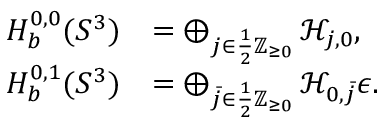
\begin{array} { r l } { H _ { b } ^ { 0 , 0 } ( S ^ { 3 } ) } & { = \bigoplus _ { j \in \frac { 1 } { 2 } \mathbb { Z } _ { \geq 0 } } \mathcal { H } _ { j , 0 } , } \\ { H _ { b } ^ { 0 , 1 } ( S ^ { 3 } ) } & { = \bigoplus _ { \bar { j } \in \frac { 1 } { 2 } \mathbb { Z } _ { \geq 0 } } \mathcal { H } _ { 0 , \bar { j } } \epsilon . } \end{array}